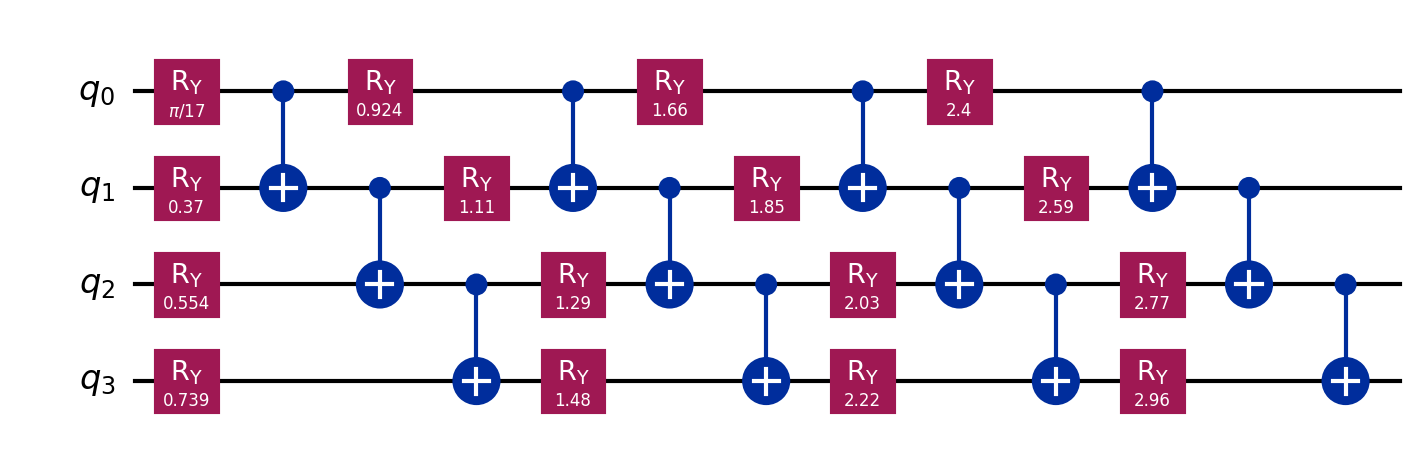
Description: Deep circuit exhibiting barren plateau
描述: 展示贫瘠高原的深层电路
Category: quantum_ml (difficulty: intermediate)
Qubits: 4, circuit depth: 13

Braket implementation:
import math
from braket.circuits import Circuit
circuit = Circuit()
for layer in range(4):
    for i in range(4):
        circuit.ry(i, math.pi * (layer * 4 + i + 1) / 17)
    for i in range(3):
        circuit.cnot(i, i + 1)